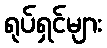
ရုပ်ရှင်များ